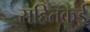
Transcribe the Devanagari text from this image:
सहितकई